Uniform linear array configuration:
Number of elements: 48
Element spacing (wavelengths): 1
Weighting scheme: exponential
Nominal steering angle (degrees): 0
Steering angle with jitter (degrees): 0.2688
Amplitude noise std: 0.05
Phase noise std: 0.05

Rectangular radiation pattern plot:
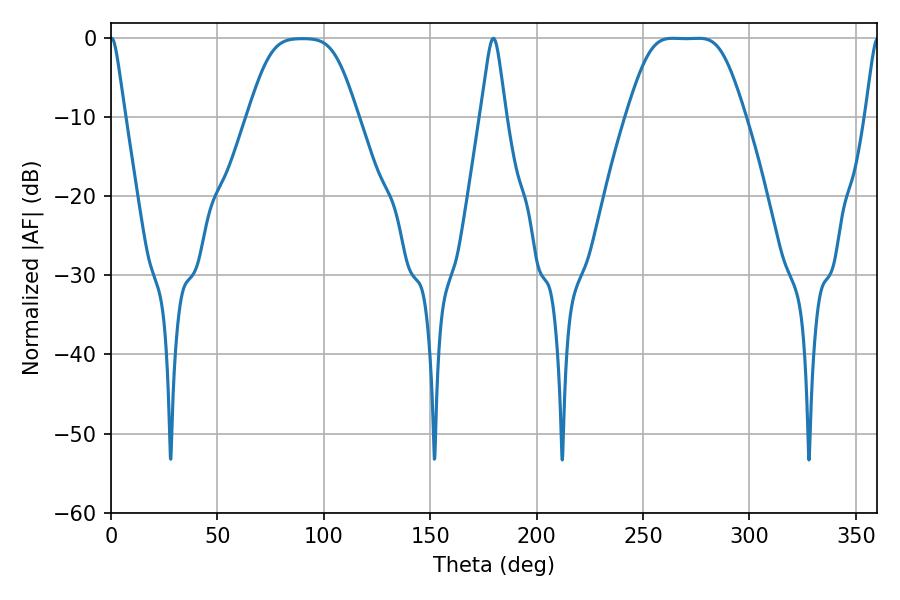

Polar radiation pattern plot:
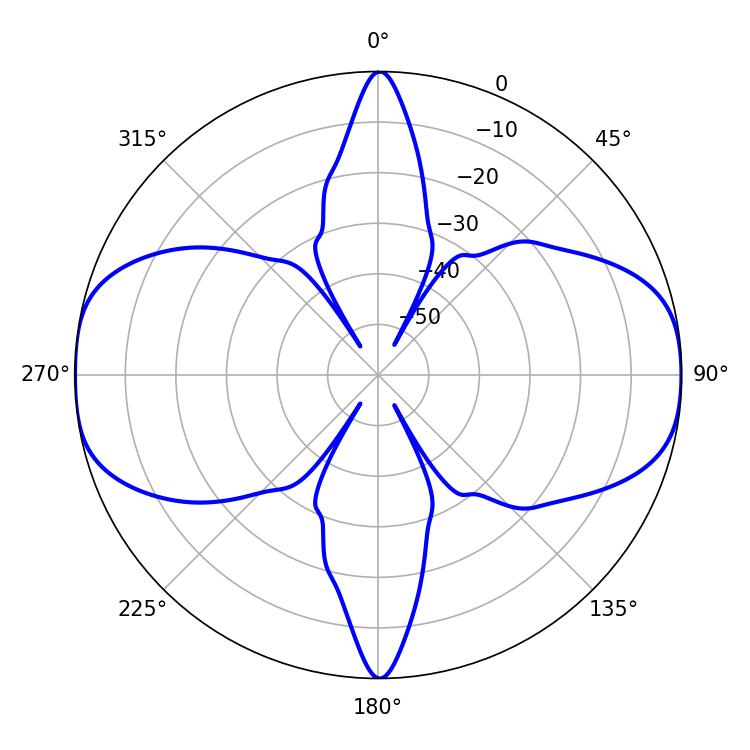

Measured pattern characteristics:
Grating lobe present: TRUE
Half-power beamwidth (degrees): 38.52
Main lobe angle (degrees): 263.88